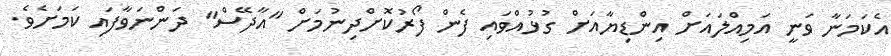
އެކަމަނާ ވަނީ އަމިއްލައަށް އިންޑިޔާއަށް ގުޅުއްވައި ފެން ފޯރުކޮށްދިނުމަށް "އާދޭސް" ދަންނަވާފައި ކަމަށެވެ.